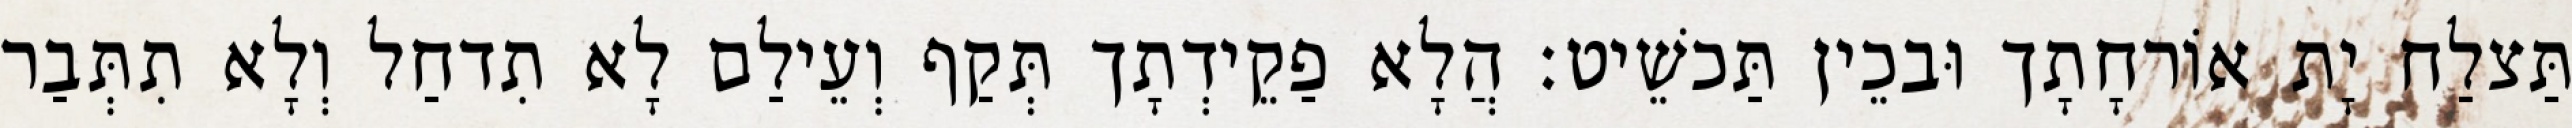
תַּצלַח יָת אוֹרחָתָך וּבכֵין תַּכשֵׁיט׃ הֲלָא פַקֵידְתָך תְּקַף וְעֵילַם לָא תִדחַל וְלָא תִתְּבַר